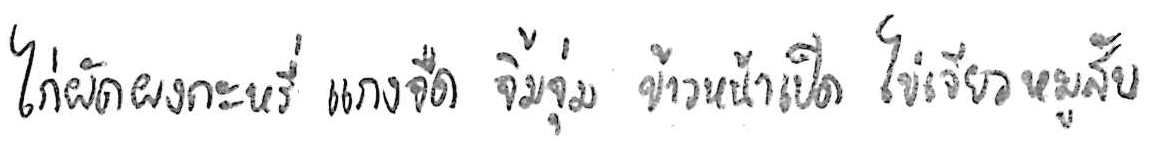
ไก่ผัดผงกะหรี่ แกงจืด จิ้มจุ่ม ข้าวหน้าเป็ด ไข่เจียวหมูสับ